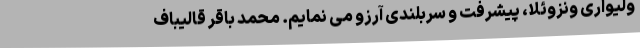
ولیواری ونزوئلا، پیشرفت و سربلندی آرزو می نمایم. محمد باقر قالیباف